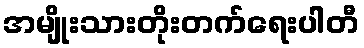
အမျိုးသားတိုးတက်ရေးပါတီ